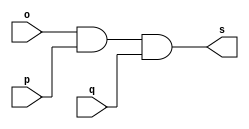
// ------------------------- 
// Exemplo0013 - and 
// Nome: Oswaldo Oliveira Paulino
// ------------------------- 

// --------------------- 
// -- and gate 
// --------------------- 

module andgate (output s, input o, input p, input q); 
	assign s = o & p & q; 
endmodule // and

// --------------------- 
// -- test andgate 
// --------------------- 

module testandgate; 

// ------------------------- dados locais 
	reg a,b,c; // definir registrador 
	wire s; // definir conexao (fio) 
	
// ------------------------- instancia 
andgate AND1 (s, a, b, c); 

// ------------------------- preparacao 
initial begin:start 
	a=0;
	b=0;
	c=0;
end 

// ------------------------- parte principal 
initial begin:main 
	$display("Exemplo0013 - Oswaldo Oliveira Paulino - 382175"); 
	$display("Test and gate"); 
	$display("\n a & b & c = s\n"); 
	$monitor(" %b & %b & %b = %b", a, b, c, s); 
	#1 a=0; b=0; c=0;
	#1 a=0; b=0; c=1;
	#1 a=0; b=1; c=0;
	#1 a=0; b=1; c=1;
	#1 a=1; b=0; c=0;
	#1 a=1; b=0; c=1;
	#1 a=1; b=1; c=0;
	#1 a=1; b=1; c=1;
end 

endmodule // testandgate 


// ------------------------------ documentacao complementar
/*

*/